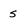
Character: 5